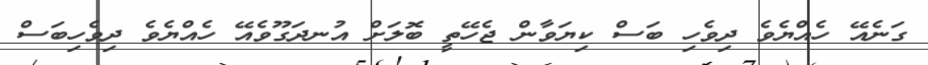
ގަނެއޭ ހެއްޔެވެ ދިވެހި ބަސް ކިޔަވާން ޖެހޭތީ ބޮލަށް އުނދަގޫވެއޭ ހެއްޔެވެ ދިވެހިބަސް